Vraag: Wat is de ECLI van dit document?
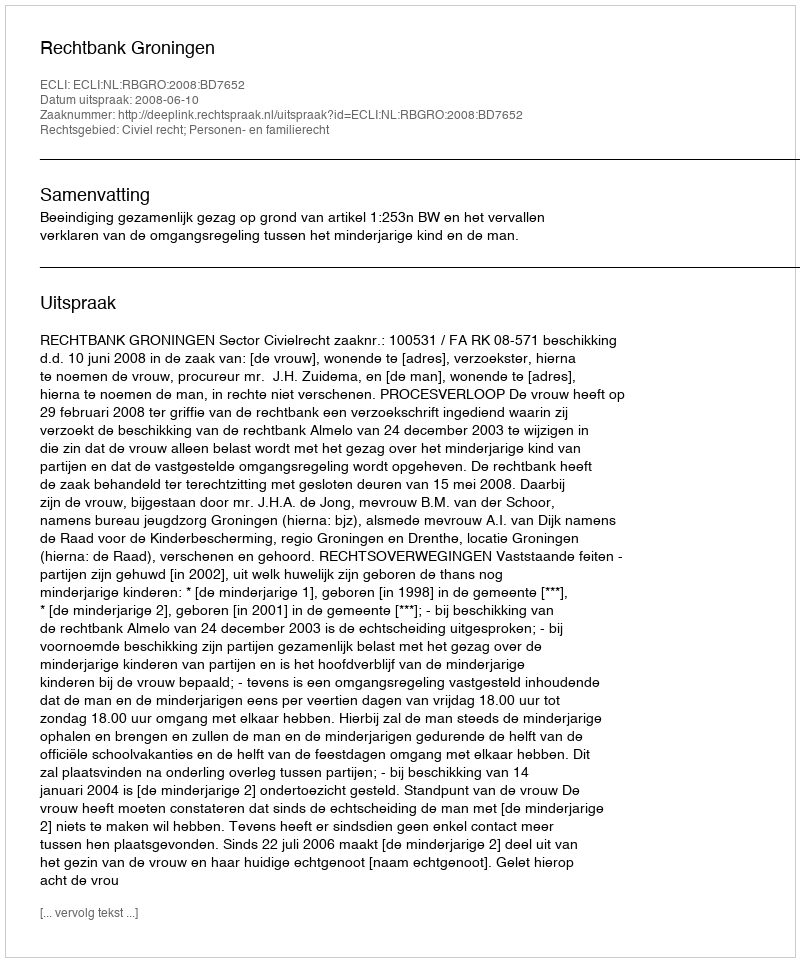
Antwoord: ECLI:NL:RBGRO:2008:BD7652